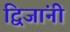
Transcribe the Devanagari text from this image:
द्विजांनी